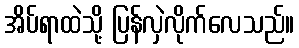
အိပ်ရာထဲသို့ ပြန်လှဲလိုက်လေသည်။